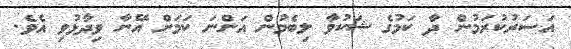
އަސަރުކުރަމުން ދާ ކަމުގެ ޝަކުވާ ލިބެމުން އަންނަ ކަމަށް އޭނާ ވިދާޅުވި އެވެ.